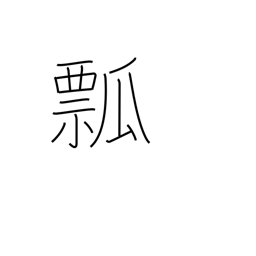
Meaning: gourd